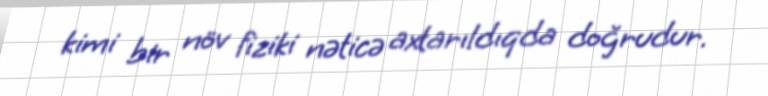
kimi bir növ fiziki nəticə axtarıldıqda doğrudur.